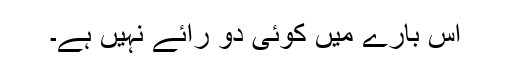
اس بارے میں کوئی دو رائے نہیں ہے۔